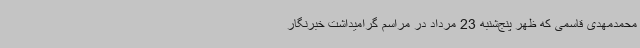
محمدمهدی قاسمی که ظهر پنج‌شنبه 23 مرداد در مراسم گرامیداشت خبرنگار